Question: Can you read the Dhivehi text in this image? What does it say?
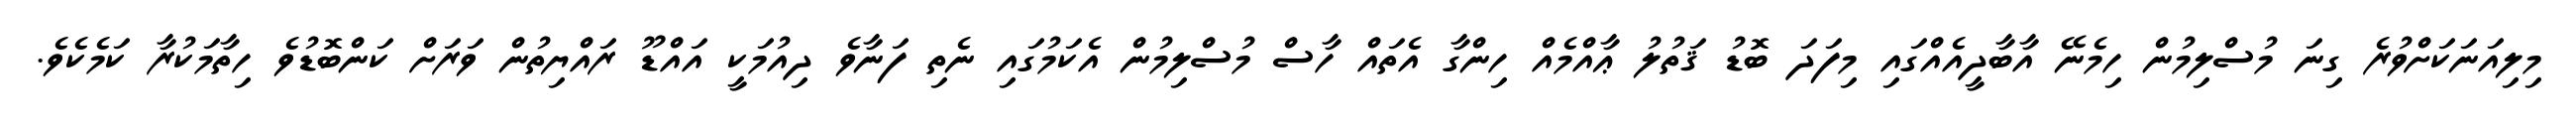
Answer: މިލިއަނަކަށްވުރެ ގިނަ މުސްލިމުން ހިމެނޭ އާބާދީއެއްގައި މިފަދަ ބޮޑު ޤަތުލު ޢާއްމެއް ހިންގާ އެތައް ހާސް މުސްލިމުން އެކަމުގައި ނެތި ފަނާވެ ދިއުމަކީ އައްޑޫ ރައްޔިތުން ވަރަށް ކަންބޮޑުވެ ހިތާމަކުރާ ކަމެކެވެ.